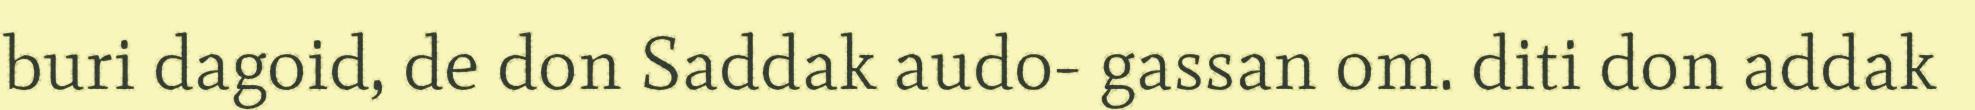
buri dagoid, de don Saddak audo- gassan om. diti don addak